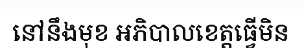
នៅនឹងមុខ អភិបាលខេត្តធ្វើមិន